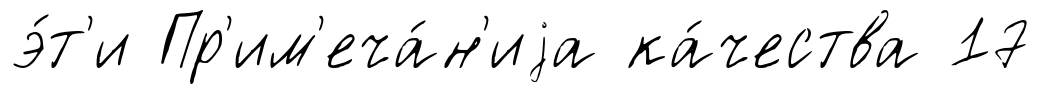
э́т'и Пр'им'еча́н'иjа ка́чества 17